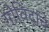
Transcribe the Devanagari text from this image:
गोविंदांचे